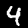
Label: 4